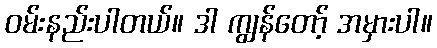
ဝမ်းနည်းပါတယ်။ ဒါ ကျွန်တော့် အမှားပါ။